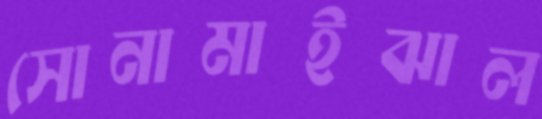
সোনামাইঝাল